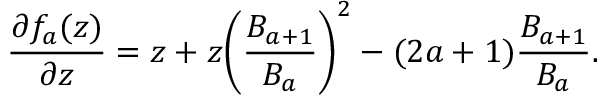
\frac { \partial f _ { a } ( z ) } { \partial z } = z + z \bigg ( \frac { B _ { a + 1 } } { B _ { a } } \bigg ) ^ { 2 } - ( 2 a + 1 ) \frac { B _ { a + 1 } } { B _ { a } } .